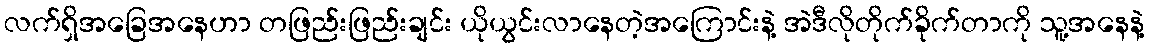
လက်ရှိအခြေအနေဟာ တဖြည်းဖြည်းချင်း ယိုယွင်းလာနေတဲ့အကြောင်းနဲ့ အဲဒီလိုတိုက်ခိုက်တာကို သူ့အနေနဲ့